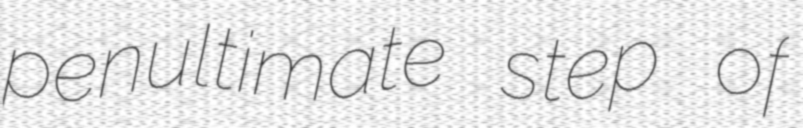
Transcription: penultimate step of